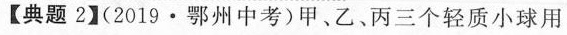
【典题2】(2019·鄂州中考)甲、乙、丙三个轻质小球用